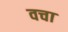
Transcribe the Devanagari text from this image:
वचा